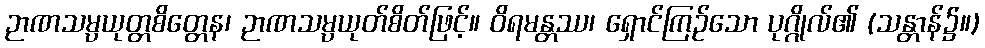
ဉာဏသမ္ပယုတ္တစိတ္တေန၊ ဉာဏသမ္ပယုတ်စိတ်ဖြင့်။ ဝိရမန္တဿ၊ ရှောင်ကြဉ်သော ပုဂ္ဂိုလ်၏ (သန္တာန်၌။)